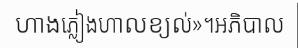
ហាងភ្លៀងហាលខ្យល់»។អភិបាល